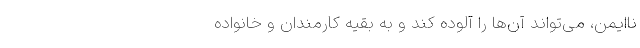
ناایمن، می‌تواند آن‌ها را آلوده کند و به بقیه کارمندان و خانواده‌